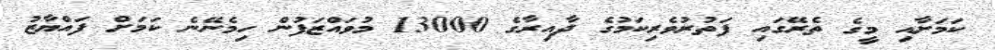
ކަމަށާއި މީގެ ތެރޭގައި ފަތުރުވެރިކަމުގެ ދާއިރާގެ 13000 މުވައްޒަފުން ހިމެނޭނެ ކަމަށް ފައްޔާޒު